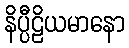
နိပ္ပီဠိယမာနော